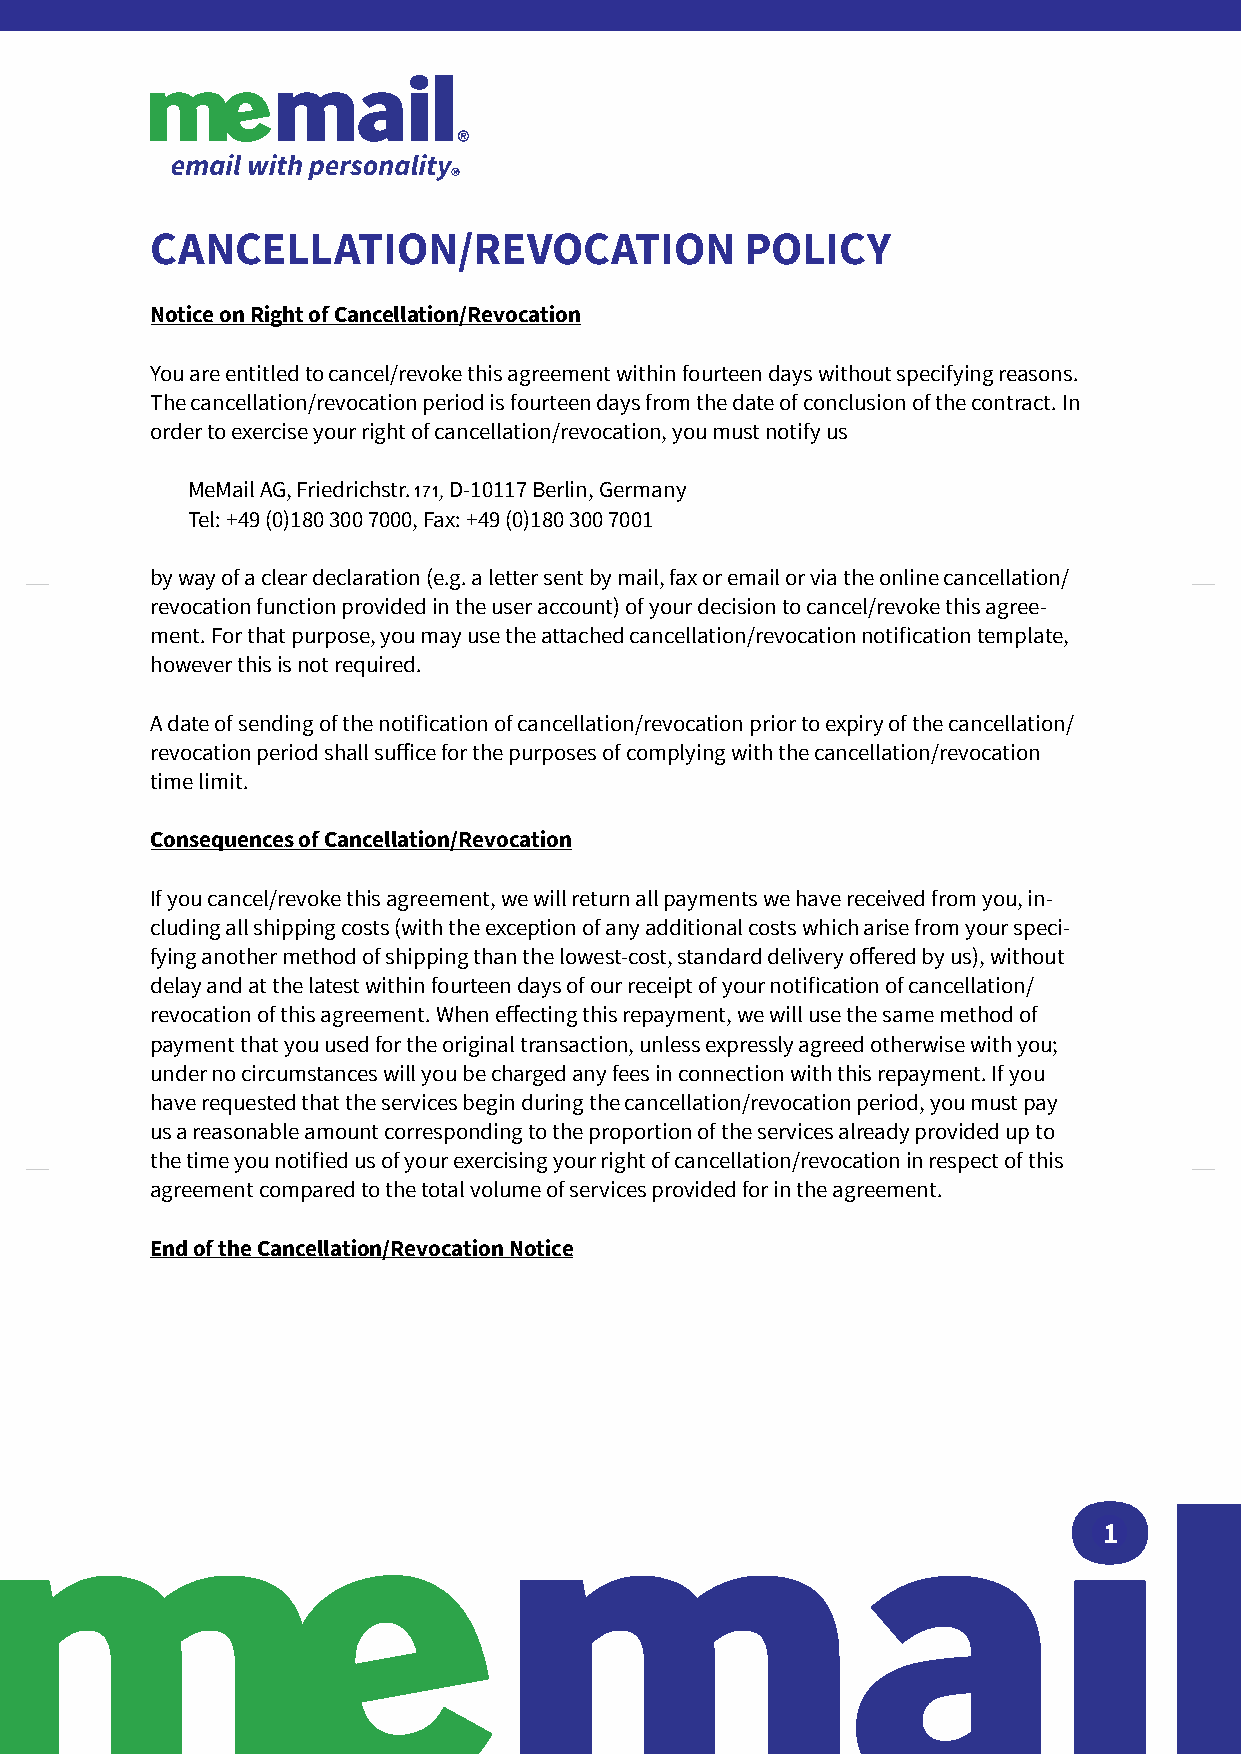
CANCELLATION/REVOCATION                POLICY
 Notice on Right of Cancellation/Revocation
 You are entitled to cancel/revoke this agreement within fourteen days without specifying reasons.
 The cancellation/revocation period is fourteen days from the date of conclusion of the contract. In
 order to exercise your right of cancellation/revocation, you must notify us
 MeMail AG, Friedrichstr. 90, D-10117 Berlin, Germany
 171
 Tel: +49 (0)180 300 7000, Fax: +49 (0)180 300 7001
 by way of a clear declaration (e.g. a letter sent by mail, fax or email or via the online cancellation/
 revocation function provided in the user account) of your decision to cancel/revoke this agree-
 ment. For that purpose, you may use the attached cancellation/revocation noti昀椀cation template,
 however this is not required.
 A date of sending of the noti昀椀cation of cancellation/revocation prior to expiry of the cancellation/
 revocation period shall su昀昀ice for the purposes of complying with the cancellation/revocation
 time limit.
 Consequences of Cancellation/Revocation
 If you cancel/revoke this agreement, we will return all payments we have received from you, in-
 cluding all shipping costs (with the exception of any additional costs which arise from your speci-
 fying another method of shipping than the lowest-cost, standard delivery o昀昀ered by us), without
 delay and at the latest within fourteen days of our receipt of your noti昀椀cation of cancellation/
 revocation of this agreement. When e昀昀ecting this repayment, we will use the same method of
 payment that you used for the original transaction, unless expressly agreed otherwise with you;
 under no circumstances will you be charged any fees in connection with this repayment. If you
 have requested that the services begin during the cancellation/revocation period, you must pay
 us a reasonable amount corresponding to the proportion of the services already provided up to
 the time you noti昀椀ed us of your exercising your right of cancellation/revocation in respect of this
 agreement compared to the total volume of services provided for in the agreement.
 End of the Cancellation/Revocation Notice
 1